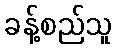
ခန့်စည်သူ